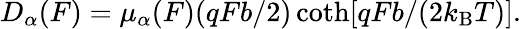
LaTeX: \begin{array}{r}{D_{\alpha}(F)=\mu_{\alpha}(F)(qFb/2)\coth[qFb/(2k_{\mathrm{B}}T)].}\end{array}